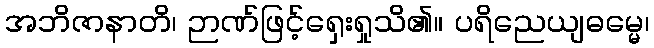
အဘိဇာနာတိ၊ ဉာဏ်ဖြင့်ရှေးရှုသိ၏။ ပရိညေယျဓမ္မေ၊